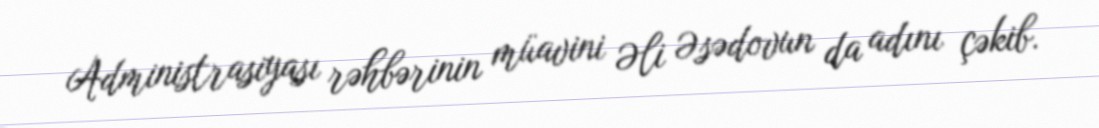
Administrasiyası rəhbərinin müavini Əli Əsədovun da adını çəkib.